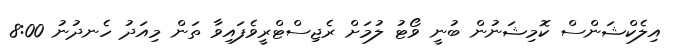
އިލެކްޝަންސް ކޮމިޝަނުން ބުނީ ވޯޓު ލުމަށް ރެޖިސްޓްރީވެފައިވާ ތަން މިއަދު ހެނދުނު 8:00